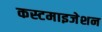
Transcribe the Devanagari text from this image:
कस्टमाइजेशन